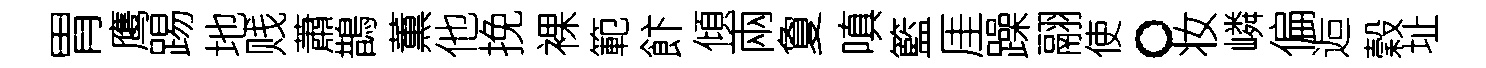
胃鹰踢地贱蕭鵲薫他挽裸範飰傾兩夐嗔籃厓躁翮使。妆嶙偏逅穀址